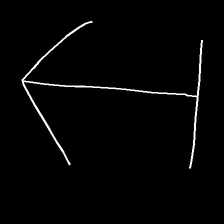
Glyph: levitation